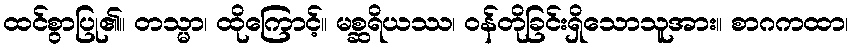
ထင်စွာပြု၏။ တသ္မာ၊ ထိုကြောင့်။ မစ္ဆရိယဿ၊ ဝန်တိုခြင်းရှိသောသူအား။ စာဂကထာ၊